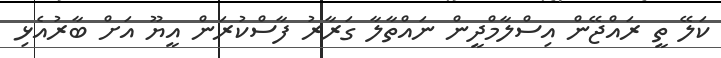
ކަލޭ ތީ ރަައްޖޭން އިސްލާމްދީން ނައްތާލާ ގަރާރު ފާސްކުރަން އީޔޫ އަށް ބާރުއެޅި